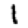
Digit: 1